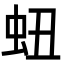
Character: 䖡